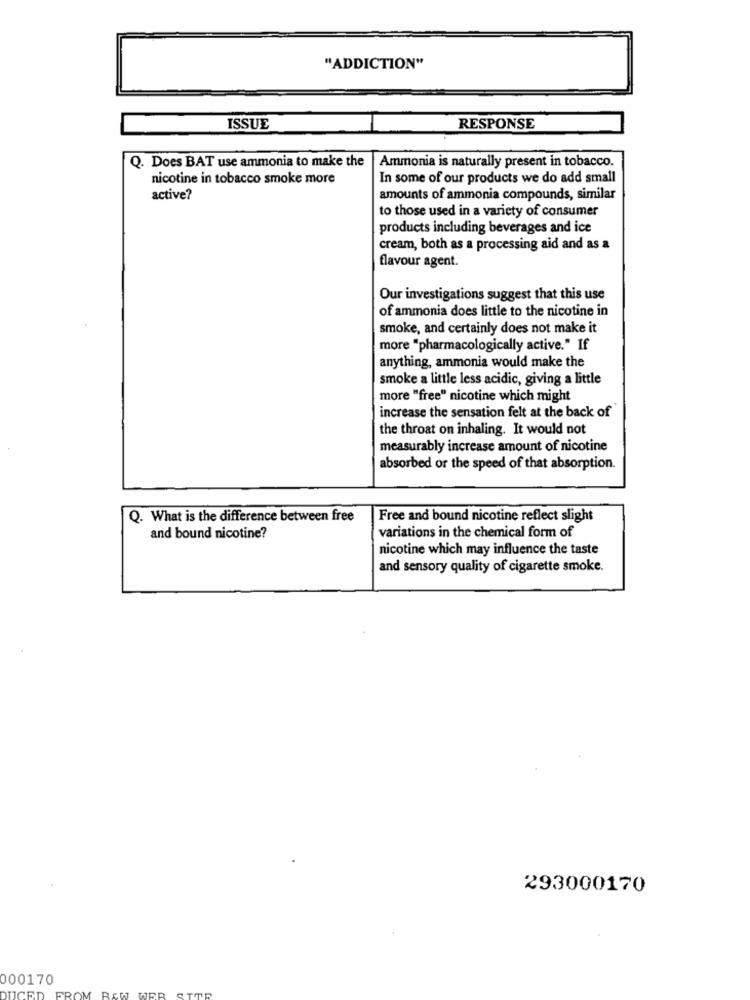
"ADDICTION"
ISSUE
RESPONSE
Q. Does BAT use ammonia to make the
Ammonia is naturally present in tobacco.
nicotine in tobacco smoke more
In some of our products we do add small
active?
amounts of ammonia compounds, similar
to those used in a variety of consumer
products including beverages and ice
cream, both as a processing aid and as a
flavour agent.
Our investigations suggest that this use
of ammonia does little to the nicotine in
smoke, and certainly does not make it
more "pharmacologically active." If
anything, ammonia would make the
smoke a little less acidic, giving a little
more "free" nicotine which might
increase the sensation felt at the back of
the throat on inhaling. It would not
measurably increase amount of nicotine
absorbed or the speed of that absorption.
Q. What is the difference between free
Free and bound nicotine reflect slight
variations in the chemical form of
and bound nicotine?
nicotine which may influence the taste
and sensory quality of cigarette smoke.
293000170
000170
UCED
FROM